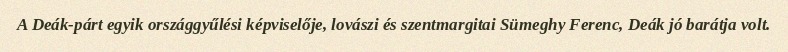
A Deák-párt egyik országgyűlési képviselője, lovászi és szentmargitai Sümeghy Ferenc, Deák jó barátja volt.